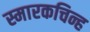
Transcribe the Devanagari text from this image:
स्मारकचिन्ह